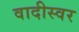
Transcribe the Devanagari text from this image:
वादीस्वर